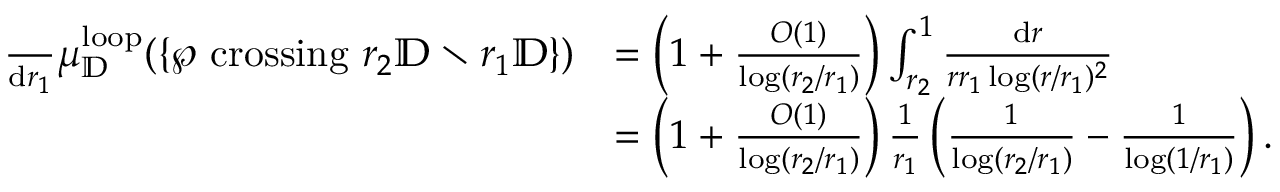
\begin{array} { r l } { \frac { \d } { \mathrm { d } r _ { 1 } } \mu _ { \mathbb { D } } ^ { \mathrm { l o o p } } ( \{ \wp \mathrm { ~ c r o s s i n g ~ } r _ { 2 } \mathbb { D } \setminus r _ { 1 } \mathbb { D } \} ) } & { = \left( 1 + \frac { O ( 1 ) } { \log ( r _ { 2 } / r _ { 1 } ) } \right) \int _ { r _ { 2 } } ^ { 1 } \frac { \mathrm { d } r } { r r _ { 1 } \log ( r / r _ { 1 } ) ^ { 2 } } } \\ & { = \left( 1 + \frac { O ( 1 ) } { \log ( r _ { 2 } / r _ { 1 } ) } \right) \frac { 1 } { r _ { 1 } } \left( \frac { 1 } { \log ( r _ { 2 } / r _ { 1 } ) } - \frac { 1 } { \log ( 1 / r _ { 1 } ) } \right) . } \end{array}